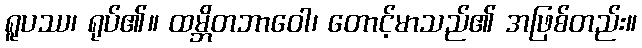
ရူပဿ၊ ရုပ်၏။ ထမ္ဘိတဘာဝေါ၊ တောင့်မာသည်၏ အဖြစ်တည်း။